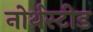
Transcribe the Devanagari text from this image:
नोर्थस्टीड